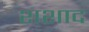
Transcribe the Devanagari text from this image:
शशाद